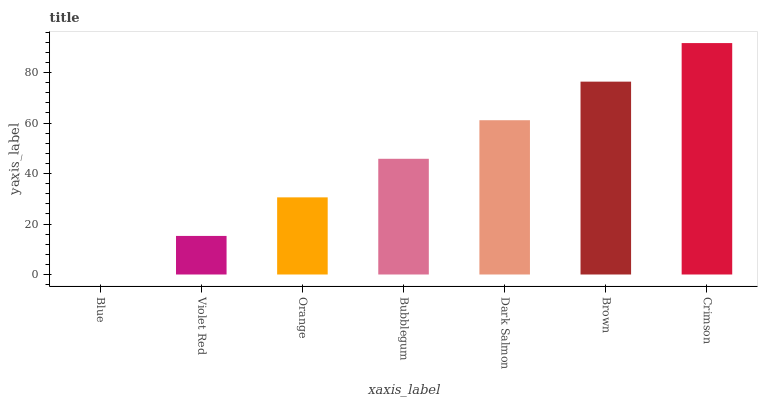
| xaxis_label | bars |
 | --- | --- |
 | Blue | 0 |
 | Violet Red | 15.3 |
 | Orange | 30.6 |
 | Bubblegum | 45.8 |
 | Dark Salmon | 61.1 |
 | Brown | 76.4 |
 | Crimson | 91.7 |